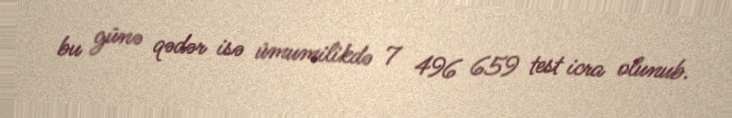
bu günə qədər isə ümumilikdə 7 496 659 test icra olunub.